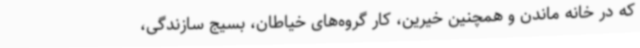
که در خانه ماندن و همچنین خیرین، کار گروه‌های خیاطان، بسیج سازندگی،